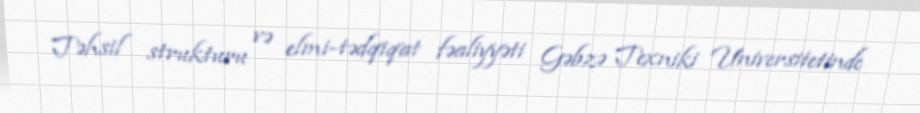
Təhsil strukturu və elmi-tədqiqat fəaliyyəti Gəbzə Texniki Universitetinde